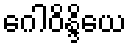
ဂေါဝိန္ဒိယေ